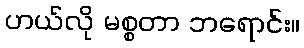
ဟယ်လို မစ္စတာ ဘရောင်း။